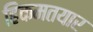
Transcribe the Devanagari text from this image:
हिकमतयार